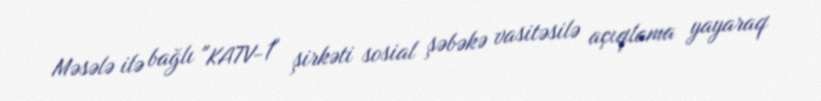
Məsələ ilə bağlı "KATV-1" şirkəti sosial şəbəkə vasitəsilə açıqlama yayaraq